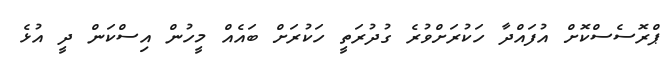
ޕްރޮސެސްކޮށް އުފައްދާ ހަކުރަށްވުރެ ގުދުރަތީ ހަކުރަށް ބައެއް މީހުން އިސްކަން ދީ އުޅެ